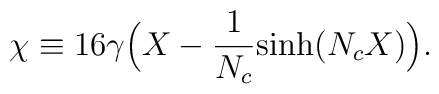
\chi \equiv 16 \gamma  \Big ( X- {1\over N_c}{\rm sinh} (N_cX) \Big ).